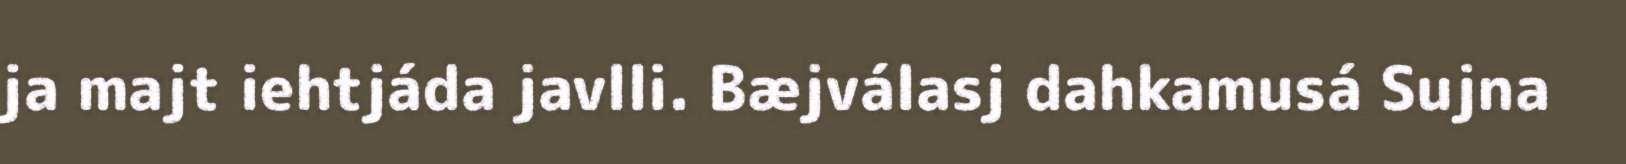
ja majt iehtjáda javlli. Bæjválasj dahkamusá Sujna